Report of the Bombay Veterinary College
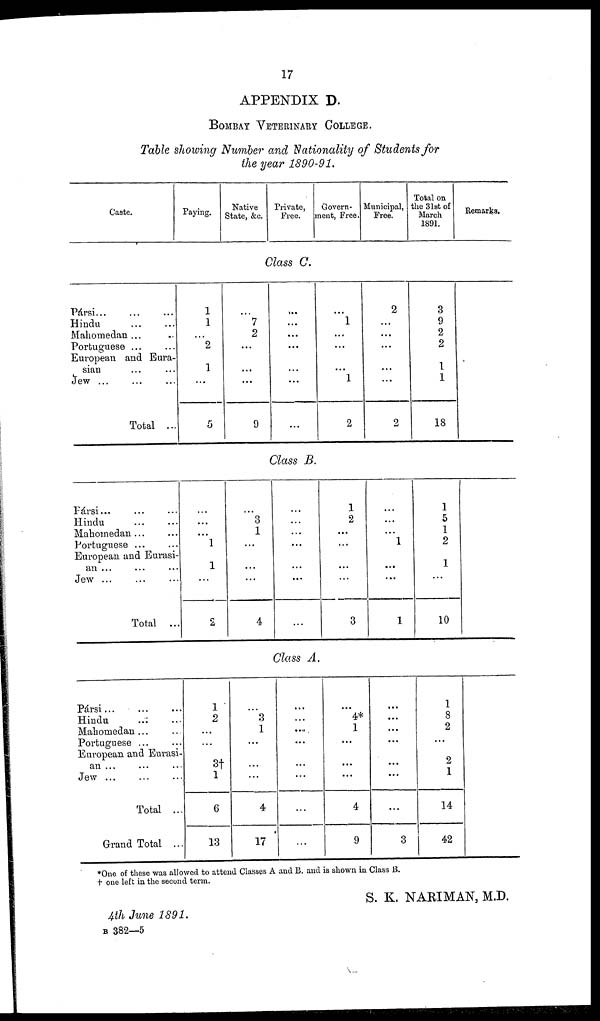
17
APPENDIX D.
BOMBAY VETERINARY COLLEGE.
Table showing Number and Nationality of Students for
the year 1890-91.
Caste.
Paying.
Native
State, &c.
Private,
Free.
Govern-
ment, Free.
Municipal,
Free.
Total on
the 31st of
March
1891.
Remarks.
Class C.
Pársi... ... ...
Hindu
...
...
Mahomedan ... ...
Portuguese ... ...
European and Eura-
sian ... ...
Jew ... ... ...
Total ...
1
1
...
2
1
...
5
...
7
2
...
...
...
9
...
...
...
...
...
...
...
...
1
...
...
...
1
2
2
...
...
...
...
...
2
3
9
2
2
1
1
18
Class B.
Pársi...
...
...
Hindu
...
...
Mahomedan ... ...
Portuguese ... ...
European and Eurasi-
an
...
...
...
Jew
...
...
...
Total ...
...
...
...
1
1
...
2
...
3
1
...
...
...
4
...
...
...
...
...
...
...
1
2
...
...
...
...
3
...
...
...
1
...
...
1
1
5
1
2
1
...
10
Class A.
Pársi
...
...
...
Hindu ... ...
Mahomedan ... ...
Portuguese ... ...
European and Eurasi-
an
...
...
...
Jew
...
...
...
Total ...
Grand Total ...
1
2
...
...
3†
1
6
13
...
3
1
...
...
...
4
17
...
...
...
...
...
...
...
...
...
4*
1
...
...
...
4
9
...
...
...
...
...
...
...
3
1
8
2
...
2
1
14
42
*One of these was allowed to attend Classes A and B. and is shown in Class B.
† one left in the second term.
S. K. NARIMAN, M.D.
4th June 1891.
B 382—5